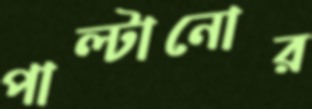
পাল্টানোর